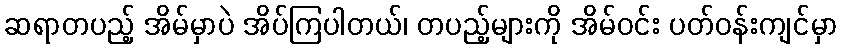
ဆရာတပည့် အိမ်မှာပဲ အိပ်ကြပါတယ်၊ တပည့်များကို အိမ်ဝင်း ပတ်ဝန်းကျင်မှာ